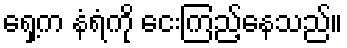
ရှေ့က နံရံကို ငေးကြည့်နေသည်။